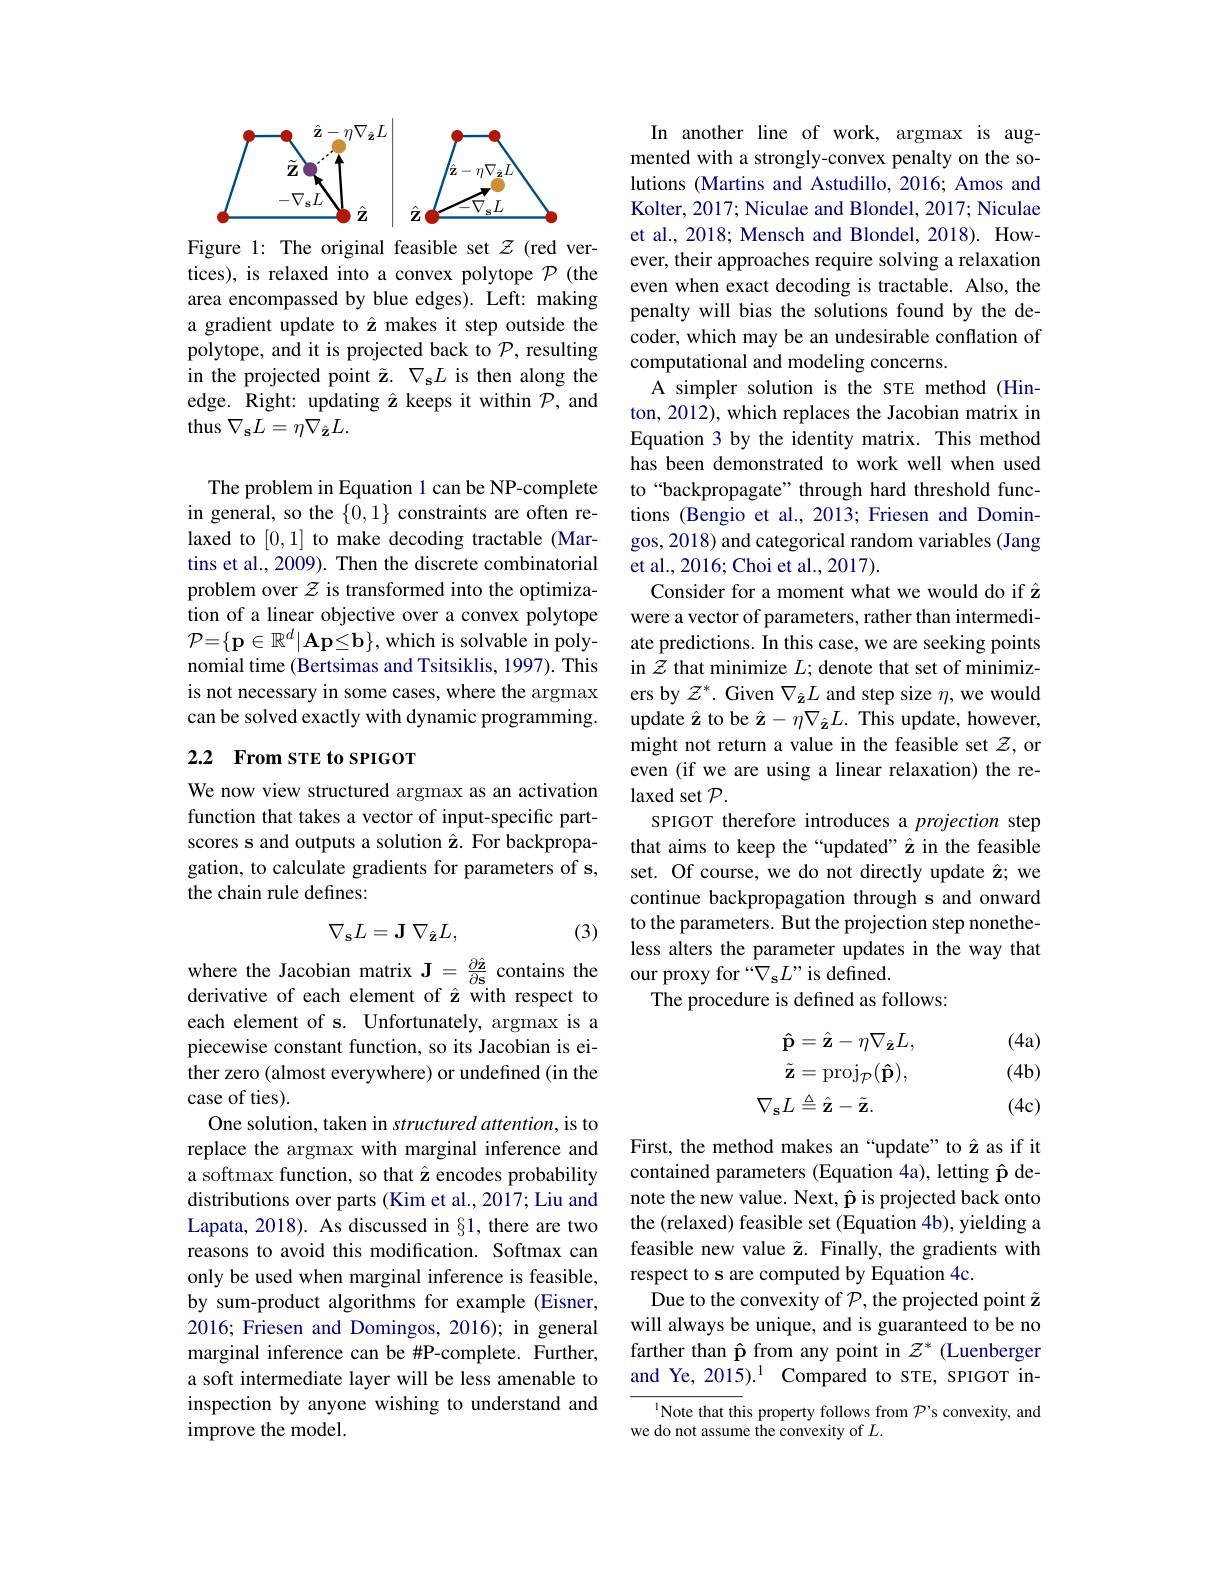
<FigureHere>

Figure 1: The original feasible set $\mathcal{Z}$ (red vertices), is relaxed into a convex polytope $\mathcal{P}$ (the area encompassed by blue edges). Left: making polytope, and it is projected back to $\mathcal{P}$, resulting in the projected point $\tilde{\mathbf{z} } .$ $\nabla _\mathbf{s} L$ edge. Right: updating $\hat{\mathbf{z}}$ keeps i thus $\nabla_{\mathbf{s}}L=\eta\nabla_{\hat{\mathbf{z}}}L.$

The problem in Equation l can be NP-complete in general, so the $\{0,1\}$ constraints are often relaxed to [0,1] to make decoding tractable (Martins et al., 2009). Then the discrete combinatorial problem over $z$ is transformed into the optimization of a linear objective over a convex polytope $\mathcal{P}=\{\mathbf{p}\in\mathbb{R}^d|\mathbf{Ap}\leq\mathbf{b}\}$,which is solvable in polynomial time (Bertsimas and Tsitsiklis, 1997). This is not necessary in some cases, where the argmax can be solved exactly with dynamic pro

## 2.2 From STE to SPIGOT

We now view structured argmax as an activation function that takes a vector of input-specific partscores s and outputs a solution â. For backpropagation, to calculate gradients for parameters of s, the chain rule defines:
$$\nabla_\mathbf{s}L=\mathbf{J}\:\nabla_{\hat{\mathbf{z}}}L,$$
(3)

where the Jacobian matrix $\mathbf{J}=\frac{\partial\hat{\mathbf{z}}}{\partial\mathbf{s}}$ contains the derivative of each element of \^{z}with each element of s. Unfortunately, argm piecewise constant function, so its Jacobian is either zero (almost everywhere) or undefined (in the case of ties).
One solution, taken in structured attention, is to replace the argmax with marginal inference and a softmax function, so that $\hat{\mathbf{z}}$ encodes probability distributions over parts (Kim et al., 2017; Liu and Lapata, 2018). As discussed in §1, there are two reasons to avoid this modification. Softmax can only be used when marginal inference i by sum-product algorithms for example (Eisner, 2016; Friesen and Domingos, 2016); in general marginal inference can be #P-complete. Further, a soft intermediate layer will be less amenable to inspection by anyone wishing to understand and improve the model.

In another line of work, argmax is augmented with a strongly-convex penalty on the solutions (Martins and Astudillo, 2016; Amos and Kolter, 2017; Niculae and Blondel, 2017; Niculae et al., 2018; Mensch and Blondel, 2018). However, their approaches require solving even when exact decoding is tractable. penalty will bias the solutions found by the decoder, which may be an undesirable conflation of computational and modeling concerns.
A simpler solution is the sTE method (Hinton, 2012), which replaces the Jacobian matrix in Equation 3 by the identity matrix. This method has been demonstrated to work well when used to“backpropagate” through hard threshold functions (Bengio et al., 2013; Friesen an gos, 2018) and categorical random variables (Jang et al., 2016; Choi et al., 2017).
Consider for a moment what we would do if $\hat{\mathbf{z}}$ were a vector of parameters, rather than intermediate predictions. In this case, we are seeking points in $\mathcal{Z}$ that minimize $L;$ denote that set of minimizers by $\mathcal{Z}^*.$ Given $\nabla_{\hat{\mathbf{z}}}L$ and step size $\eta$,we would update $\hat{\mathbf{z}}$ to be $\hat{\mathbf{z}}-\eta\nabla_{\hat{\mathbf{z}}}L.$ This update, however, might not return a value in the feasib even (if we are using a linear relaxat laxed set $\mathcal{P}.$
SPIGOT therefore introduces a projection step set. Of course, we do not directly update $\hat{\mathbf{z}};$ we continue backpropagation through s and onward to the parameters. But the projection step nonetheless alters the parameter updates in the way that our proxy for $^{\hat{\kappa}}\nabla_{\mathbf{s}}L^{\mathrm{""~is~defined.}}$
The procedure is defined as follows:
$$\mathbf{\hat{p}}=\hat{\mathbf{z}}-\eta\nabla_{\hat{\mathbf{z}}}L,\\\tilde{\mathbf{z}}=\mathrm{proj}_{\mathcal{P}}(\mathbf{\hat{p}}),\\\nabla_{\mathbf{s}}L\triangleq\hat{\mathbf{z}}-\tilde{\mathbf{z}}.$$
(4a) $(4\mathbf{b})$ (4c)

contained parameters (Equation 4a), le note the new value. Next, p is projected back onto the (relaxed) feasible set (Equation 4b), yielding a feasible new value ž. Finally, the gradients with respect to s are computed by Equation 4c.
Due to the convexity of $\mathcal{P}$, the projected point $\tilde{\mathbf{z}}$ will always be unique, and is guarante farther than p from any point in $\mathcal{Z}^*$ (Luenberger and Ye, 2015).$^1$ Compared to STE, SPIGOT in-

$^{1}$Note that this property follows from $\mathcal{P}^{\prime}$s convexity, and
we do not assume the convexity of $L.$